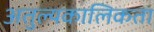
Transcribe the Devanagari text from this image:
अतुल्यकालिकता